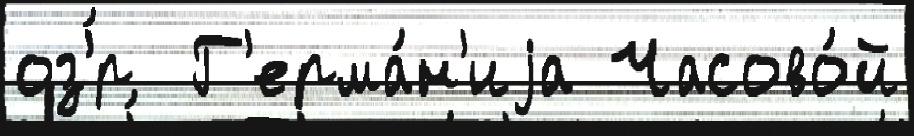
оз'́р  Г'ерма́н'иjа Часово́й